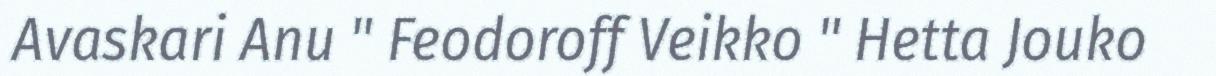
Avaskari Anu " Feodoroff Veikko " Hetta Jouko